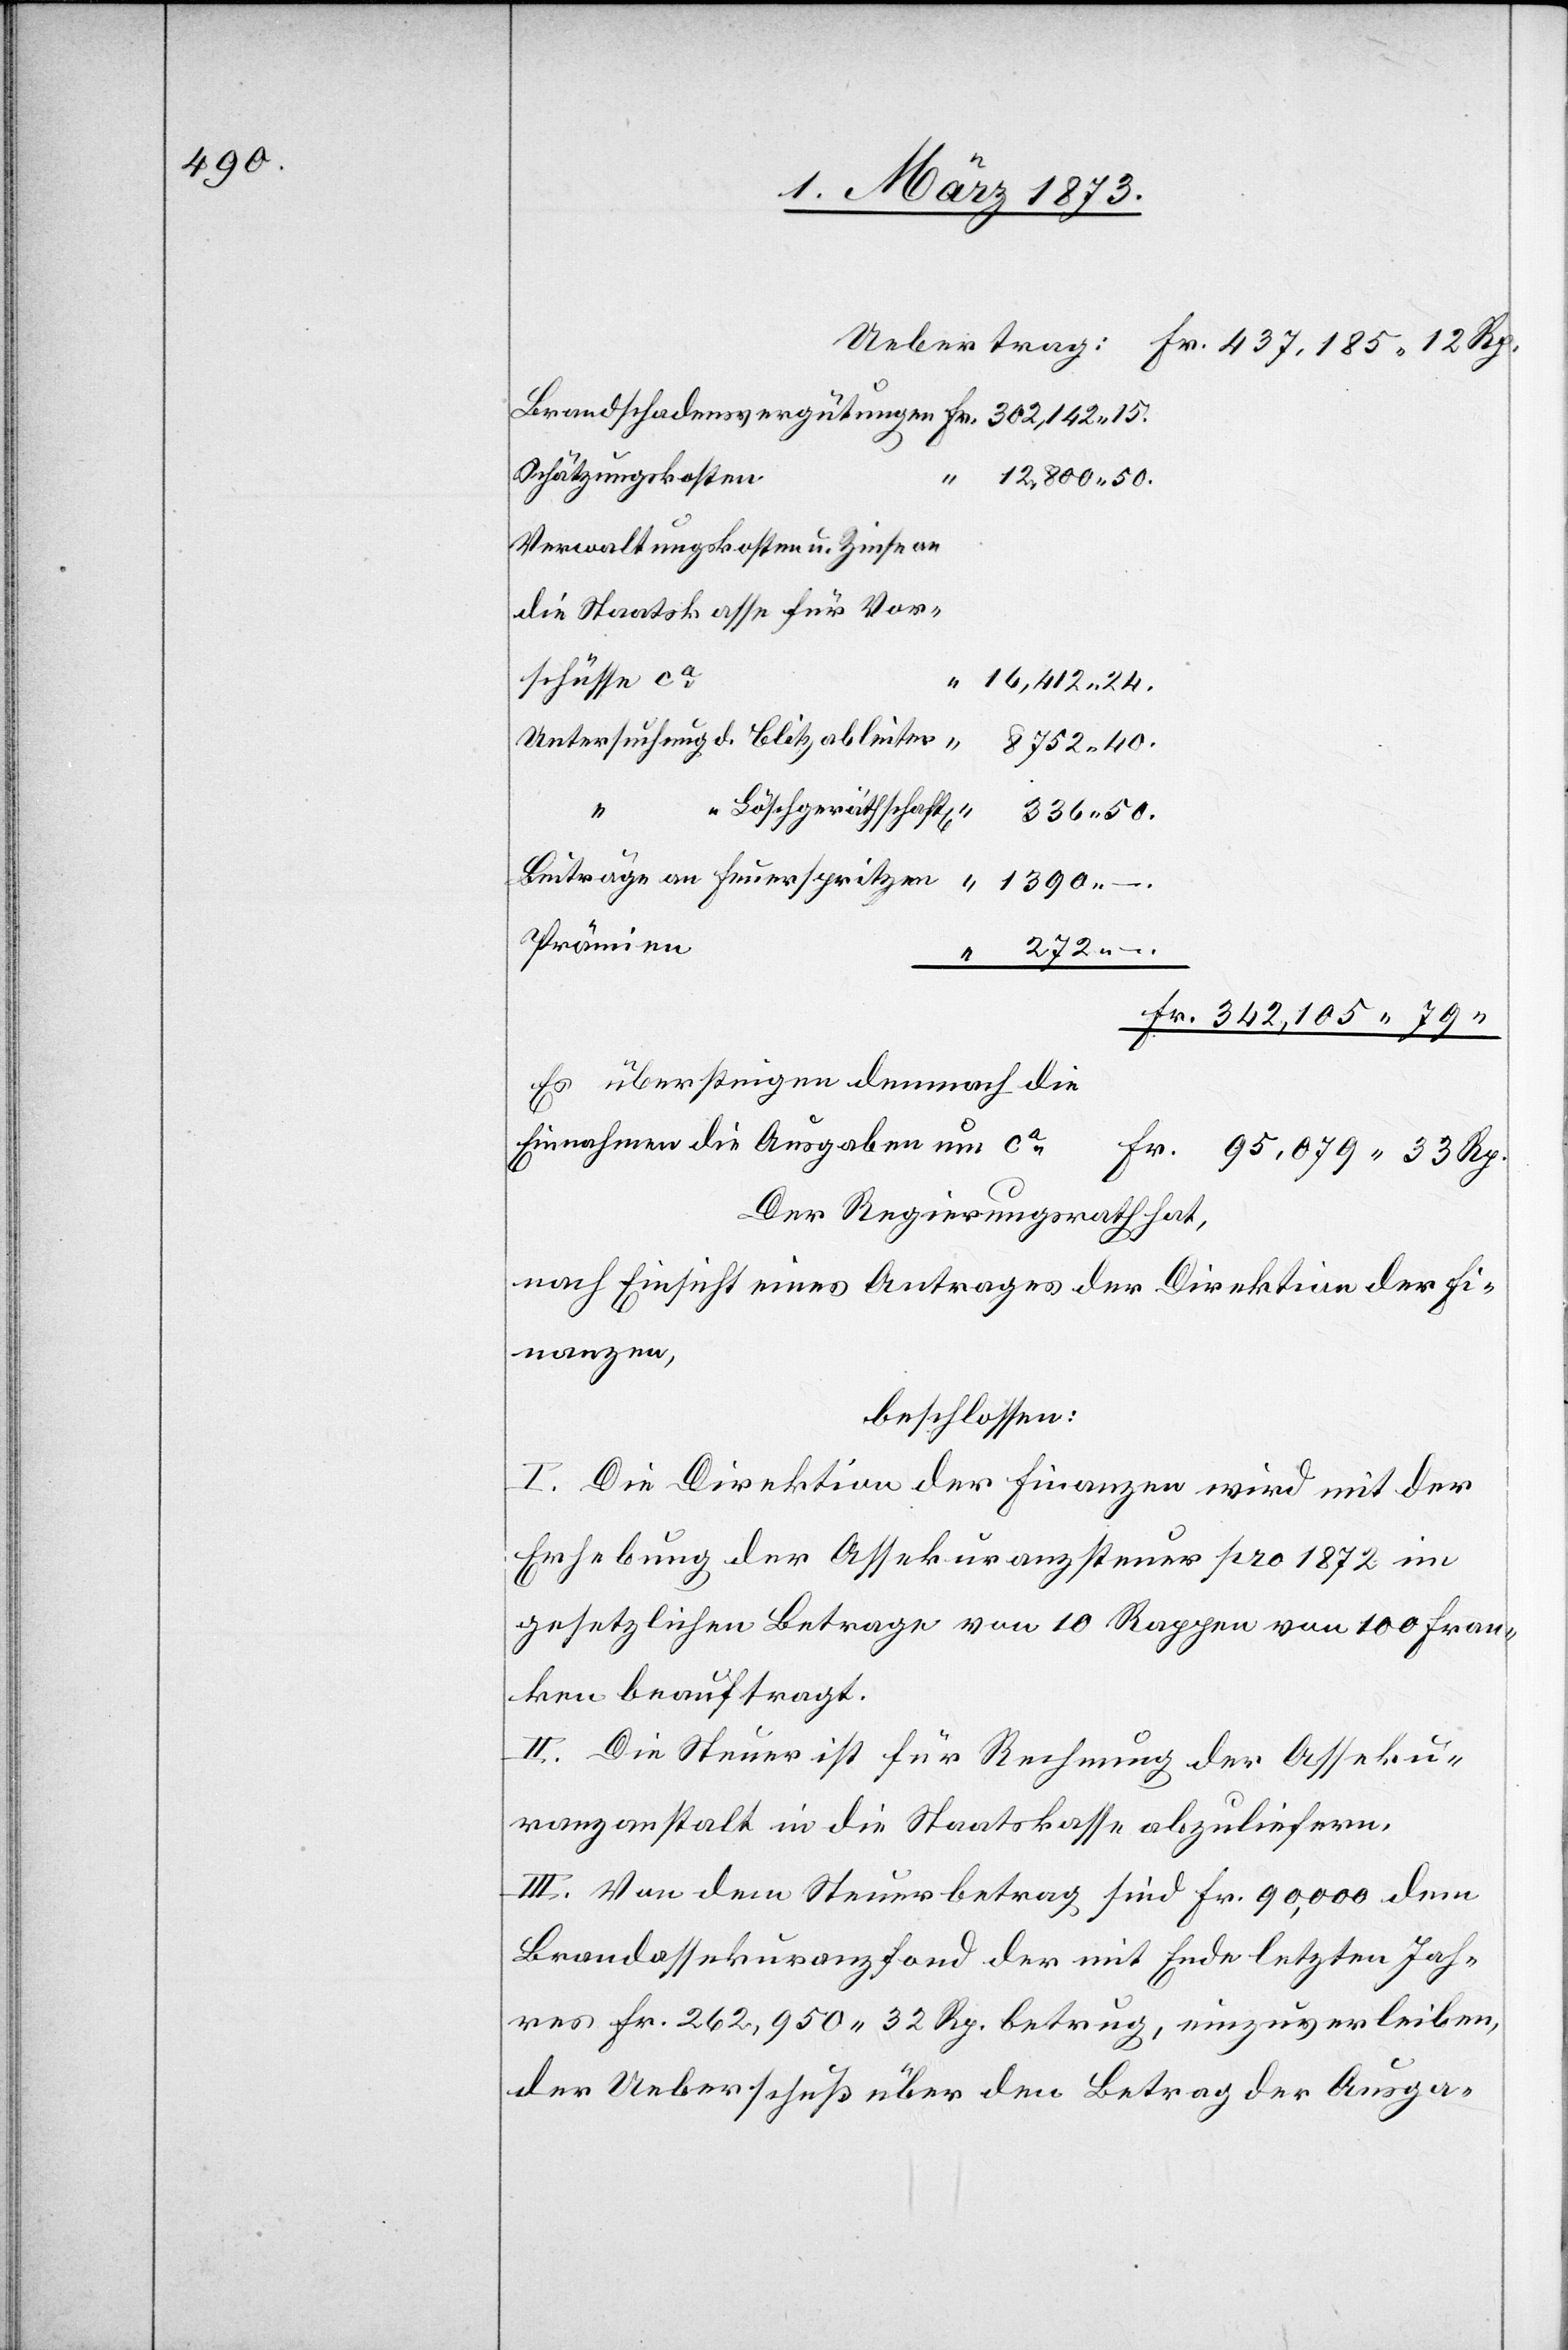
Uebertrag: Fr. 437,185.12 Rp.
Brandschadensvergütungen 	Fr. 302,142.15.
Schätzungskosten
12,800.50.
Verwaltungskosten u. Zinsen
die Staatskasse für
Vorschüsse ca
“ 16,412.24.
Untersuchung d. Blitzableiter		 “ 8752.40.
Löschgeräthschaft[en]	 “ 336.50.
Beiträge an Feuerspritzen		 “ 1390.-.
272.-.
Fr. 342,105.79 “
Es übersteigen demnach die
Einnahmen die Ausgaben um ca
95,079.33 Rp.
Der Regierungsrath hat,
nach Einsicht eines Antrages der Direktion der Fi¬
nanzen,
beschlossen:
I. Die Direktion der Finanzen wird mit der
Erhebung der Assekuranzsteuer pro 1872 im
gesetzlichen Betrage von 10 Rappen von 100 Fran¬
ken beauftragt.
II. Die Steuer ist für Rechnung der Asseku¬
ranzanstalt in die Staatskasse abzuliefern.
III. Von dem Steuerbetrag sind Fr. 90,000 dem
Brandassekuranzfond der mit Ende letzten Jah¬
res Fr. 262,950.32 Rp. betrug, einzuverleiben,
der Ueberschuß über den Betrag der Ausga-